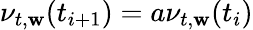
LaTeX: \nu_{t,\mathbf{w}}(t_{i+1})=a\nu_{t,\mathbf{w}}(t_{i})